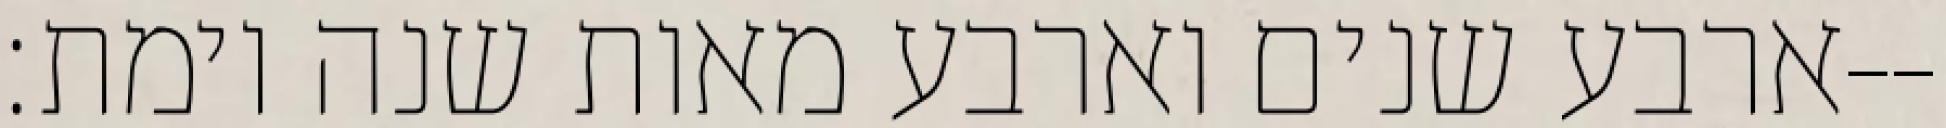
ארבע שנים וארבע מאות שנה וימת׃--